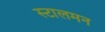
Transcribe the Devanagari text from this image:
स्टालमन